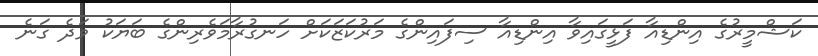
ކަޝްމީރުގެ އިންޑިއާ ފަޅީގައިވާ އިންޑިއާ ސިފައިންގެެ މަރުކަޒަކަށް ހަނގުރާމަވެރިންގެ ބަޔަކު ވަދެ ގަނެ